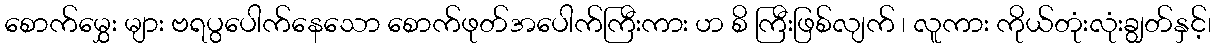
စောက်မွှေး များ ဗရပွပေါက်နေသော စောက်ဖုတ်အပေါက်ကြီးကား ဟ စိ ကြီးဖြစ်လျက် ၊ လူကား ကိုယ်တုံးလုံးချွတ်နှင့်၊